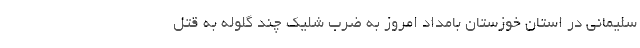
سلیمانی در استان خوزستان بامداد امروز به ضرب شلیک چند گلوله به قتل